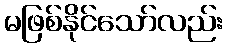
မဖြစ်နိုင်သော်လည်း